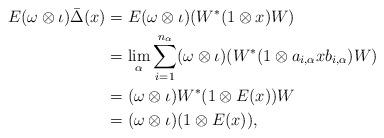
LaTeX: \begin{align*}E(\omega \otimes \iota)\bar\Delta(x) &=E(\omega \otimes \iota)(W^*(1 \otimes x)W) \\&=\lim_\alpha \sum_{i=1}^{n_\alpha} (\omega \otimes \iota) (W^*(1 \otimes a_{i,\alpha} xb_{i,\alpha})W) \\&= (\omega \otimes \iota)W^*(1 \otimes E(x))W \\&= (\omega \otimes \iota) (1 \otimes E(x)),\end{align*}